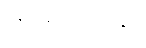
ဖြစ်ကြောင်းနှင့်